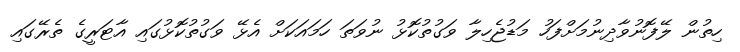
ހިތުން ލޭފޮނުވާދިނުމަށްފަހު މަޑުޖެހިލާ ވަގުތުކޮޅު ނުވަތަ ހަމައަކަށް އެޅޭ ވަގުތުކޮޅުގައި އާޓަރީގެ ތެރޭގައި